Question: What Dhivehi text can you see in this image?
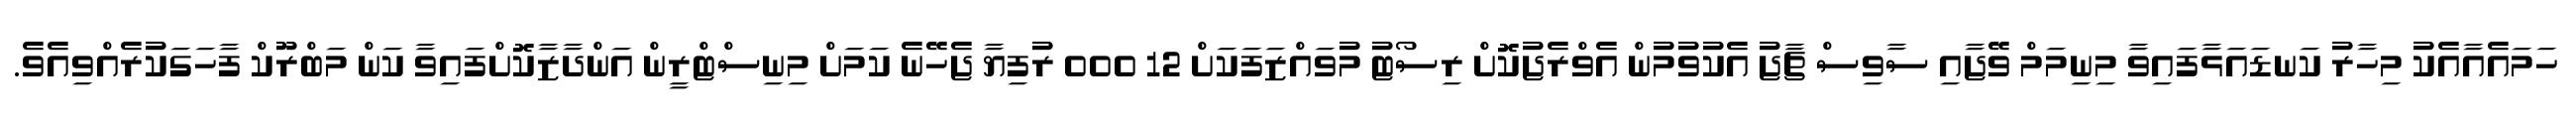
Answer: ހަމައެއާއެކު މިހާރު ކަނޑައަޅާފައިވާ މިނިމަމް ވޭޖާއި ސާވިސް ޗާޖު އެކުވުމުން އެވްރެޖުކޮށް ރިސޯޓު މުވައްޒަފަކަށް 12 000 ރުފިޔާ ޖެހޭނެ ކަމަށް މިނިސްޓްރީން އަންދާޒާކޮށްފައިވާ ކަން މަބްރޫކް ފާހަގަކުރެއްވިއެވެ.